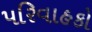
પરિવાહકો